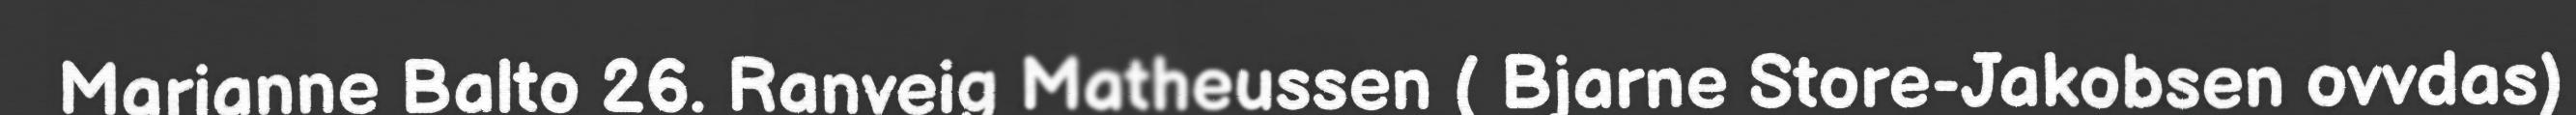
Marianne Balto 26. Ranveig Matheussen ( Bjarne Store-Jakobsen ovvdas)